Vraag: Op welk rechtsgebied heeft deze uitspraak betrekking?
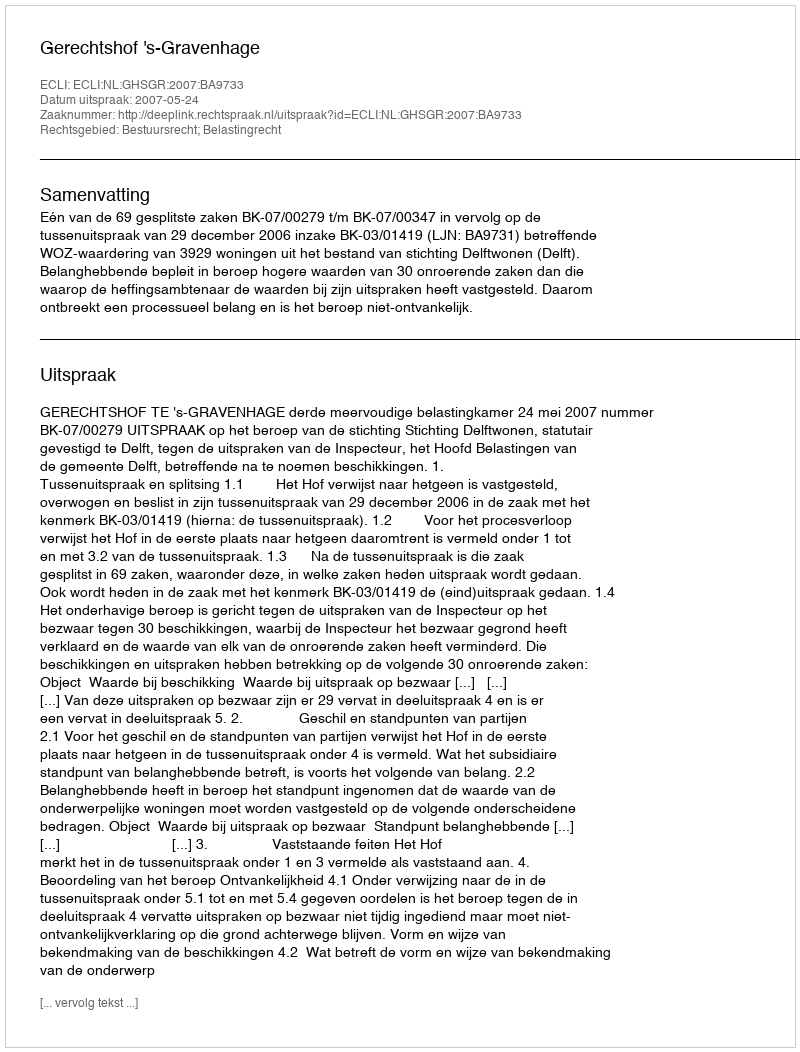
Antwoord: Bestuursrecht; Belastingrecht